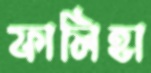
ফালিহা